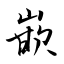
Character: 嵌